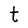
Character: t